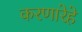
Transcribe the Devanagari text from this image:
करणारेहे